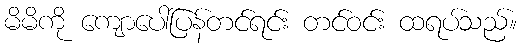
မိမိကို ကျောပေါ်ပြန်တင်ရင်း တင်ဝင်း ထရပ်သည်။